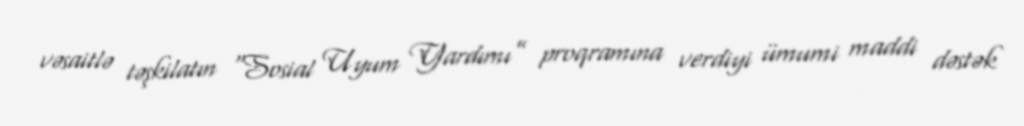
vəsaitlə təşkilatın “Sosial Uyum Yardımı” proqramına verdiyi ümumi maddi dəstək